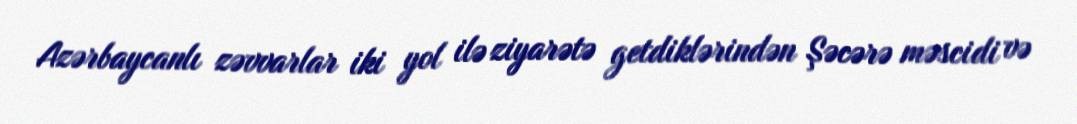
Azərbaycanlı zəvvarlar iki yol ilə ziyarətə getdiklərindən Şəcərə məscidi və